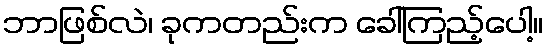
ဘာဖြစ်လဲ၊ ခုကတည်းက ခေါ်ကြည့်ပေါ့။